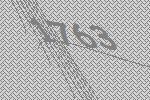
1763